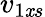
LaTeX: v_{1\mathit{x}s}